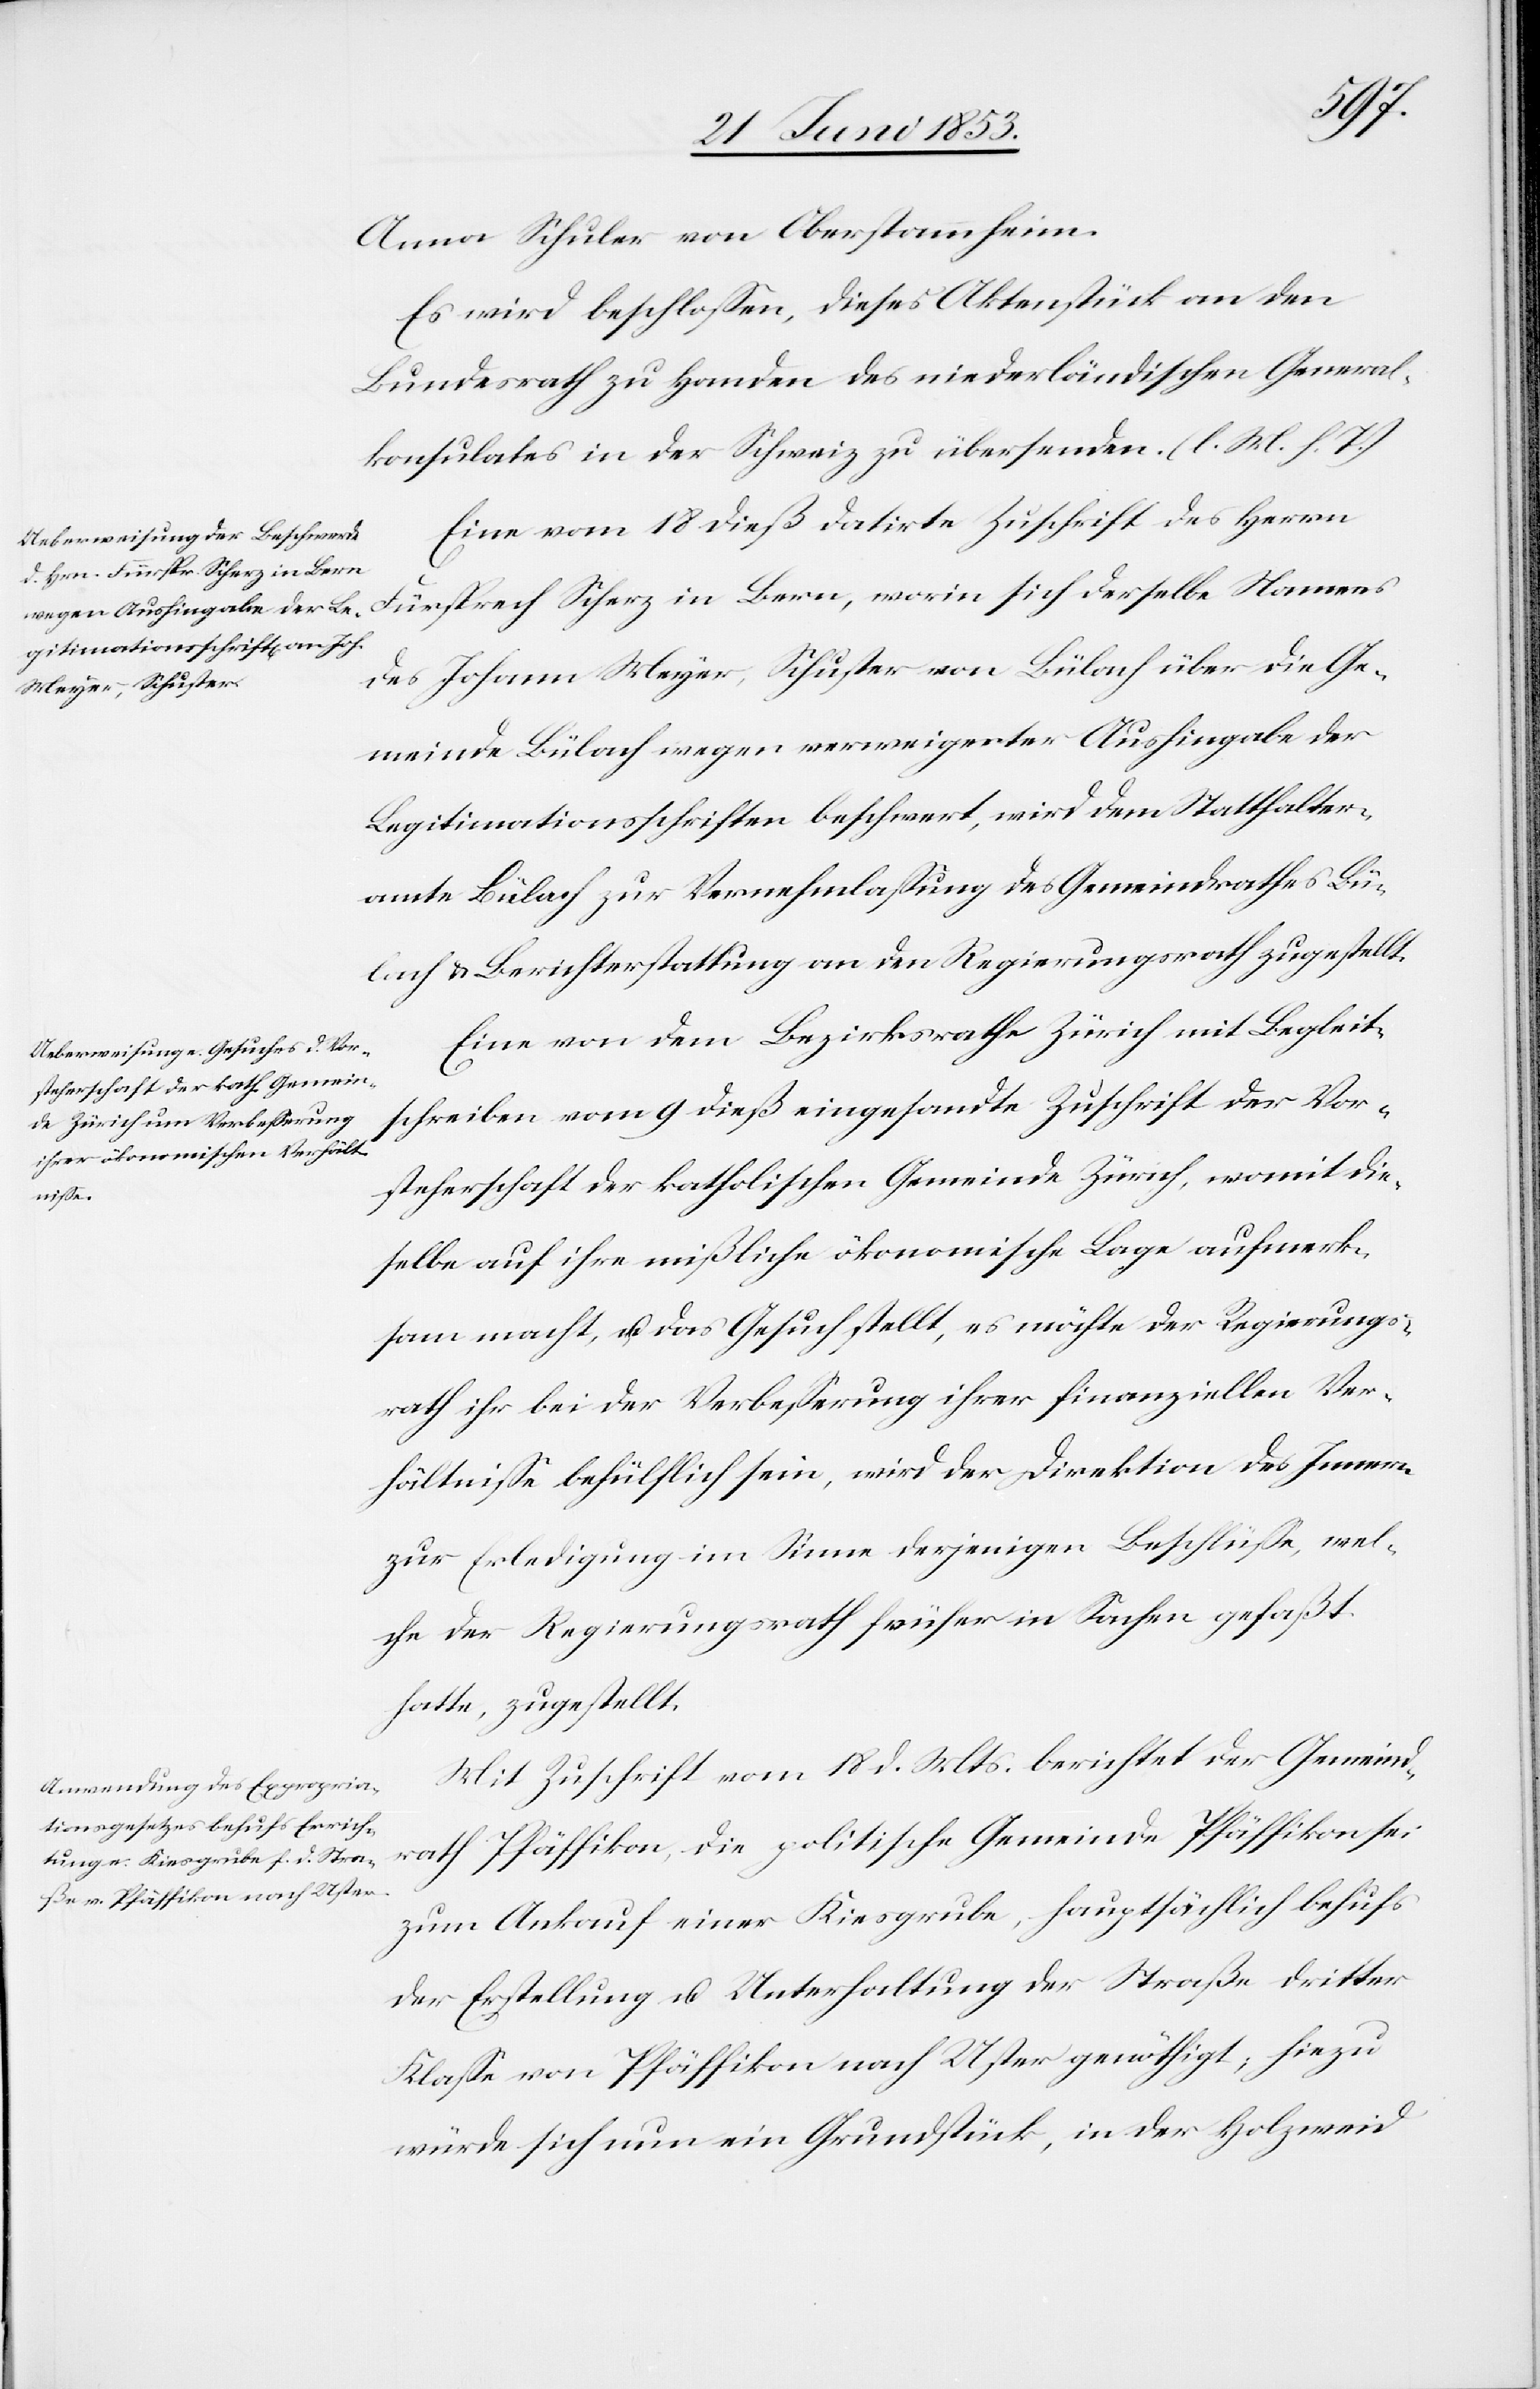
Anna Schuler von Oberstammheim.
Es wird beschloßen, dieses Aktenstück an den
Bundesrath zu Handen des niederländischen General¬
konsulates in der Schweiz zu übersenden. [l. M. h. T]
Eine vom 18 dieß datirte Zuschrift des Herrn
Fürsprech Scherz in Bern, worin sich derselbe Namens
des Johann Meyer, Schuster von Bülach über die Ge¬
meinde Bülach wegen verweigerter Aushingabe der
Legitimationsschriften beschwert, wird dem Statthalter¬
amte Bülach zur Vernehmlaßung des Gemeindrathes Bü¬
lach u. Berichterstattung an den Regierungsrath zugestellt.
Eine von dem Bezirksrathe Zürich mit Begleit¬
schreiben vom 9 dieß eingesandte Zuschrift der Vor¬
steherschaft der katholischen Gemeinde Zürich, womit die¬
selbe auf ihre mißliche ökonomische Lage aufmerk¬
sam macht, u. das Gesuch stellt, es möchte der Regierungs¬
rath ihr bei der Verbeßerung ihrer finanziellen Ver¬
hältniße behülflich sein, wird der Direktion des Innern
zur Erledigung im Sinne derjenigen Beschlüße, wel¬
che der Regierungsrath früher in Sachen gefaßt
hatte, zugestellt.
Mit Zuschrift vom 18 d. Mts. berichtet der Gemeind¬
rath Pfäffikon, die politische Gemeinde Pfäffikon sei
zum Ankauf einer Kiesgrube, hauptsächlich behufs
der Erstellung u. Unterhaltung der Straße dritter
Klaße von Pfäffikon nach Uster genöthigt, hiezu
würde sich nun ein Grundstück, in der Holzweid